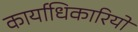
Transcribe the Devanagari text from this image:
कार्याधिकारियों